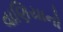
વાણિયાનો